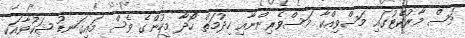
މަސް މާރުކޭޓުގައި މަސްވިއްކާ މަސްވެރިންނާއި ހިދުމަތް ހޯދާ މީހުންގެ ވެސް މައިގަނޑު ޝަކުވާއަކީ